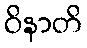
ဝိနာတိ